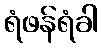
ရံဖန်ရံခါ